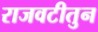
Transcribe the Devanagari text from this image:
राजवटीतुन